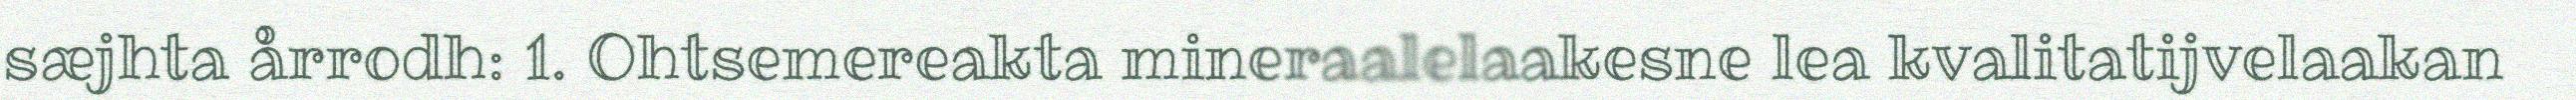
sæjhta årrodh: 1. Ohtsemereakta mineraalelaakesne lea kvalitatijvelaakan